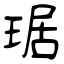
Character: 琚